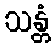
သန္တံ